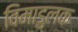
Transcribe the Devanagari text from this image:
विमाडुलक